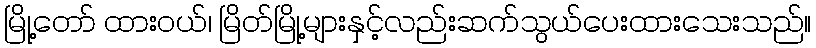
မြို့တော် ထားဝယ်၊ မြိတ်မြို့များနှင့်လည်းဆက်သွယ်ပေးထားသေးသည်။